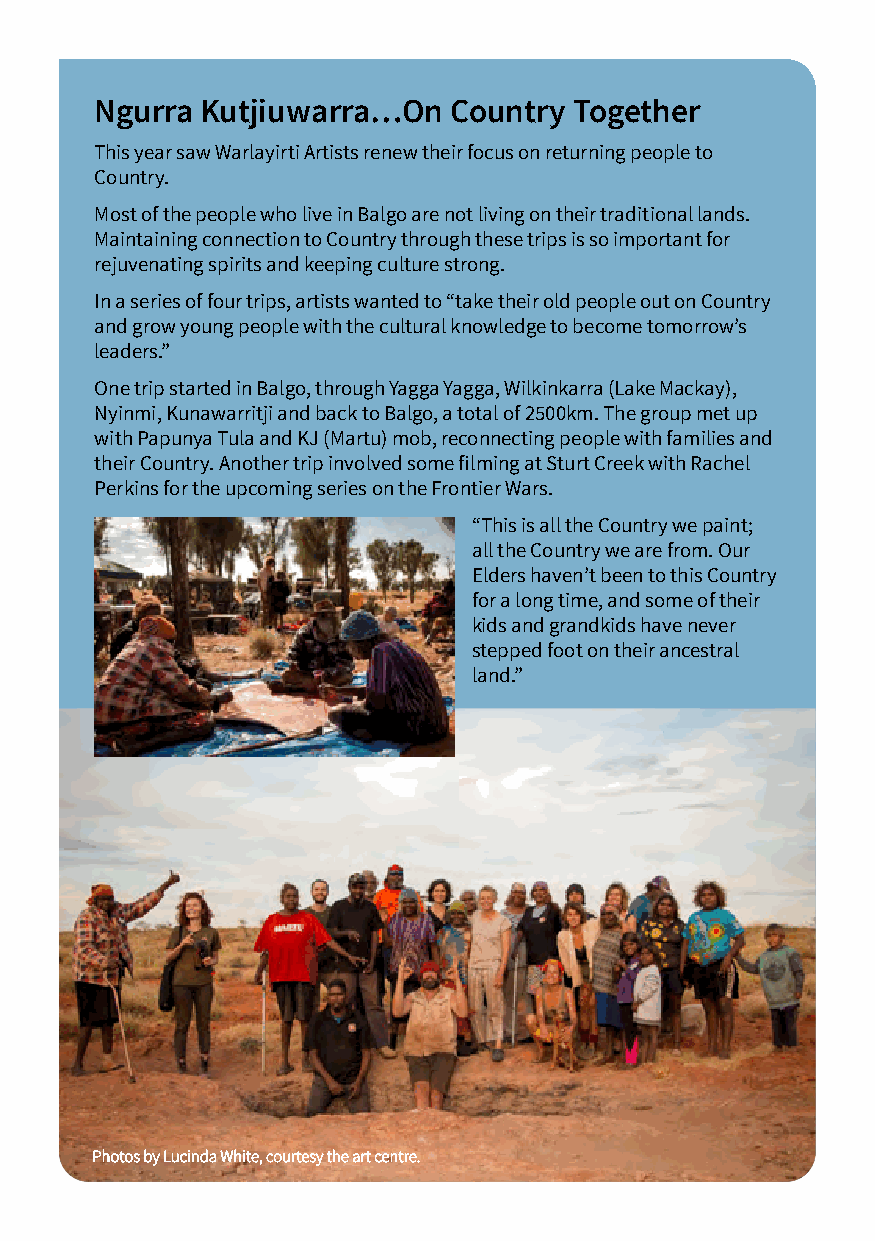
Ngurra Kutjiuwarra…On   Country Together
 This year saw Warlayirti Artists renew their focus on returning people to
 Country.
 Most of the people who live in Balgo are not living on their traditional lands.
 Maintaining connection to Country through these trips is so important for
 rejuvenating spirits and keeping culture strong.
 In a series of four trips, artists wanted to “take their old people out on Country
 and grow young people with the cultural knowledge to become tomorrow’s
 leaders.”
 One trip started in Balgo, through Yagga Yagga, Wilkinkarra (Lake Mackay),
 Nyinmi, Kunawarritji and back to Balgo, a total of 2500km. The group met up
 with Papunya Tula and KJ (Martu) mob, reconnecting people with families and
 their Country. Another trip involved some filming at Sturt Creek with Rachel
 Perkins for the upcoming series on the Frontier Wars.
 “This is all the Country we paint;
 all the Country we are from. Our
 Elders haven’t been to this Country
 for a long time, and some of their
 kids and grandkids have never
 stepped foot on their ancestral
 land.”
 PPhhoottooss bbyy LLuucciinnddaa WWhhiittee,, ccoouurrtteessyy tthhee aarrtt cceennttrree..